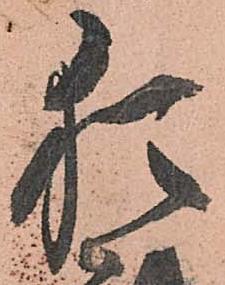
猶